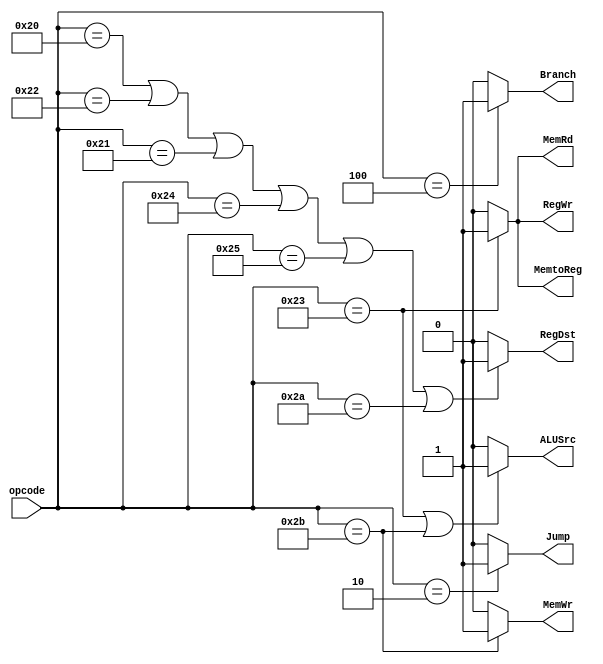
`timescale 1ns / 1ps
`define LW 6'b100011
`define SW 6'b101011

`define ADD 6'b100000
`define SUB 6'b100010
`define ADDU 6'b100001
`define AND 6'b100100
`define OR 6'b100101
`define SLT 6'b101010

`define BEQ 6'b000100
`define J 6'b000010
 
`define HALT 6'b111111

module ControlUnit(
    //input clk,//
    input [5:0]opcode,
    output RegWr,
    output Jump,
    output RegDst,
    output Branch,
    output MemtoReg,
    output MemRd,
    output MemWr,
    output ALUSrc
    );
    /*reg [5:0]opcode[4:0];
    always@(posedge clk)begin
        opcode[4]=opcode[3];
        opcode[3]=opcode[2];
        opcode[2]=opcode[1];
        opcode[1]=opcode[0];
        opcode[0]=Opcode;
    end*/
    assign RegWr=(opcode==`LW)?1:0;
    assign Jump=(opcode==`J)?1:0;
    assign RegDst=(opcode==`ADD||opcode==`SUB||opcode==`ADDU||opcode==`AND||opcode==`OR||opcode==`SLT)?1:0;
    assign Branch=(opcode==`BEQ)?1:0;
    assign MemtoReg=(opcode==`LW)?1:0;
    assign MemRd=(opcode==`LW)?1:0;
    assign MemWr=(opcode==`SW)?1:0;
    assign ALUSrc=(opcode==`LW||opcode==`SW)?1:0;
endmodule